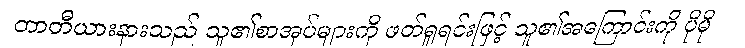
တာတီယားနားသည် သူ၏စာအုပ်များကို ဖတ်ရှုရင်းဖြင့် သူ၏အကြောင်းကို ပိုမို